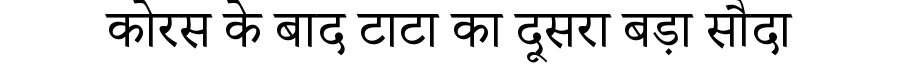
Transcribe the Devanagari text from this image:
कोरस के बाद टाटा का दूसरा बड़ा सौदा